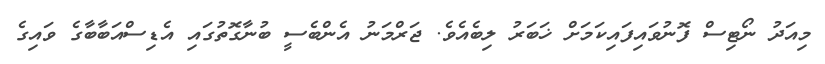
މިއަދު ނޯޓިސް ފޮނުވައިފައިކަމަށް ޚަބަރު ލިބެއެވެ. ޖަރްމަނު އެންބެސީ ބުނާގޮތުގައި އެޑިސްއަބާބާގެ ވައިގެ